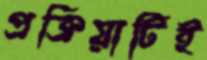
প্রক্রিয়াটিই